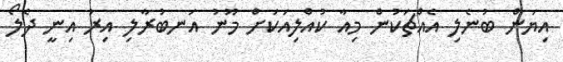
އިޔަން ބުނެލި އެއްޗަކުން މިއާ ކުއްލިއަކަށް މޫނު އަނބުރާލި އިރު އިނީ ދެލޯ